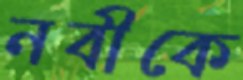
নবীকে